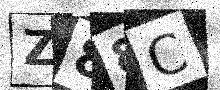
Text: Z88C